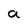
Character: a